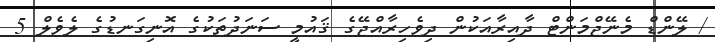
/ ލޭންޑް މެނޭޖްމަންޓް ދާއިރާއަކުން ދިވެހިރާއްޖޭގެ ޤައުމީ ސަނަދުތަކުގެ އޮނިގަނޑުގެ ލެވެލް 5